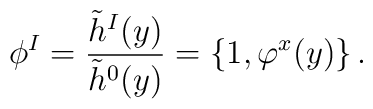
\phi^I = {\tilde h^I(y)\over \tilde h^0(y)}= \{1, \varphi^x(y)\} \, .